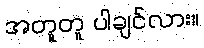
အတူတူ ပါချင်လား။